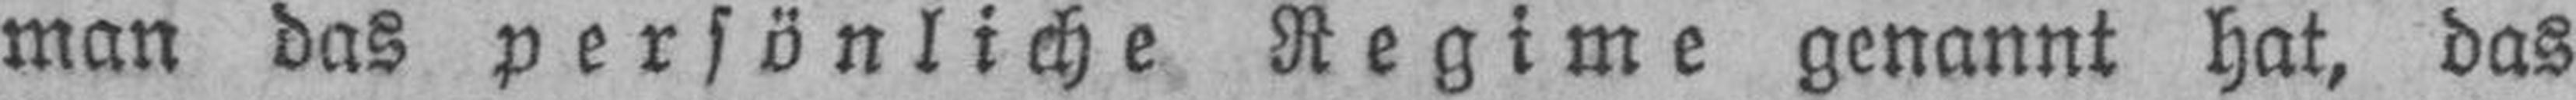
man das persönliche Regime genannt hat, das